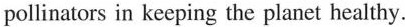
pollinators in keeping the planet healthy.